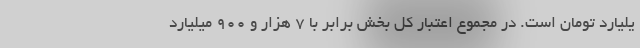
یلیارد تومان است. در مجموع اعتبار کل بخش برابر با ۷ هزار و ۹۰۰ میلیارد